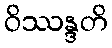
ဝိဿန္ဒတိ